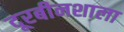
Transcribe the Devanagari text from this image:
दूरबीनशाला